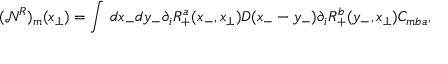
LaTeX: ( { \mathcal N } ^ { R } ) _ { m } ( x _ { \perp } ) = \int \, d x _ { - } d y _ { - } \partial _ { i } R _ { + } ^ { a } ( x _ { - } , x _ { \perp } ) D ( x _ { - } - y _ { - } ) \partial _ { i } R _ { + } ^ { b } ( y _ { - } , x _ { \perp } ) C _ { m b a } ,